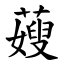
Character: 䕅